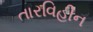
તારવિહીન